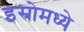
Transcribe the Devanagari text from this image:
इस्रोमध्ये